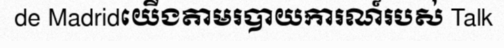
de Madridយើងតាមរបាយការណ៍របស់ Talk